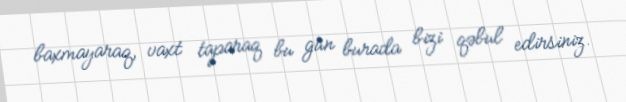
baxmayaraq, vaxt taparaq bu gün burada bizi qəbul edirsiniz.